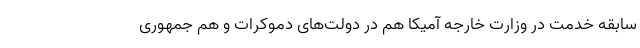
سابقه خدمت در وزارت خارجه آمیکا هم در دولت‌های دموکرات و هم جمهوری